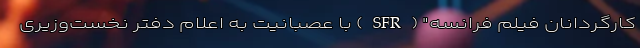
کارگردانان فیلم فرانسه" (SFR) با عصبانیت به اعلام دفتر نخست‌وزیری